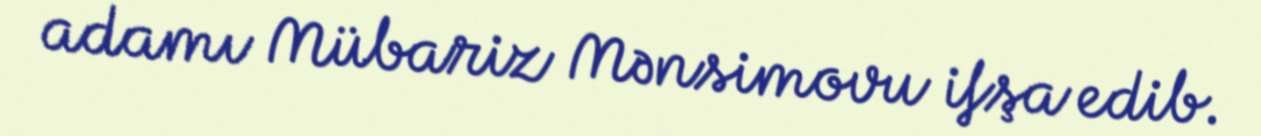
adamı Mübariz Mənsimovu ifşa edib.